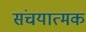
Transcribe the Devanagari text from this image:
संचयात्मक